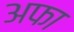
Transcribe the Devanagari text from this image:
अफा